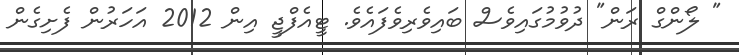
" ލޯންގް ރަން" ދުވުމުގައިވެސް ބައިވެރިވެފައެވެ. ޓީއެފްޖީ އިން 2012 އަހަރުން ފެށިގެން